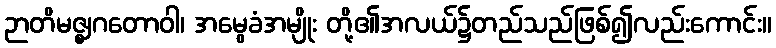
ဉာတိမဇ္ဈဂတောဝါ၊ အမွေခံအမျိုး တို့၏အလယ်၌တည်သည်ဖြစ်၍လည်းကောင်း။